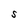
Character: S